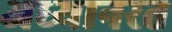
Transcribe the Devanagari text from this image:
अध्यानरत